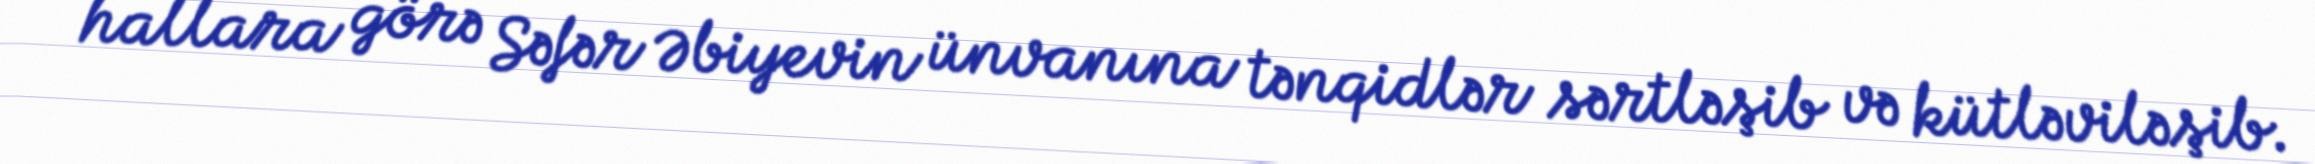
hallara görə Səfər Əbiyevin ünvanına tənqidlər sərtləşib və kütləviləşib.